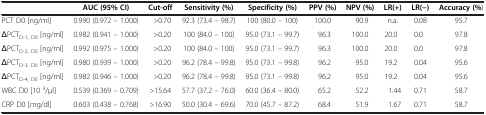
|  | AUC (95% CI) | Cut-off | Sensitivity (%) | Specificity (%) | PPV (%) | NPV (%) | LR(+) | LR(−) | Accuracy (%) |
 | --- | --- | --- | --- | --- | --- | --- | --- | --- | --- |
 | PCT D0 [ng/ml] | 0.990 (0.972 – 1.000) | >0.70 | 92.3 (73.4 – 98.7) | 100 (80.0 – 100) | 100.0 | 90.9 | n.a. | 0.08 | 95.7 |
 | ΔPCTD-1, D0 [ng/ml] | 0.982 (0.941 – 1.000) | >0.20 | 100 (84.0 – 100) | 95.0 (73.1 – 99.7) | 96.3 | 100.0 | 20.0 | 0.0 | 97.8 |
 | ΔPCTD-2, D0 [ng/ml] | 0.992 (0.975 – 1.000) | >0.20 | 100 (84.0 – 100) | 95.0 (73.1 – 99.7) | 96.3 | 100.0 | 20.0 | 0.0 | 97.8 |
 | ΔPCTD-3, D0 [ng/ml] | 0.980 (0.939 – 1.000) | >0.20 | 96.2 (78.4 – 99.8) | 95.0 (73.1 – 99.8) | 96.2 | 95.0 | 19.2 | 0.04 | 95.6 |
 | ΔPCTD-4, D0 [ng/ml] | 0.982 (0.946 – 1.000) | >0.20 | 96.2 (78.4 – 99.8) | 95.0 (73.1 – 99.8) | 96.2 | 95.0 | 19.2 | 0.04 | 95.6 |
 | WBC D0 [10 3/μl] | 0.539 (0.369 – 0.709) | >15.64 | 57.7 (37.2 – 76.0) | 60.0 (36.4 – 80.0) | 65.2 | 52.2 | 1.44 | 0.71 | 58.7 |
 | CRP D0 [mg/dl] | 0.603 (0.438 – 0.768) | >16.90 | 50.0 (30.4 – 69.6) | 70.0 (45.7 – 87.2) | 68.4 | 51.9 | 1.67 | 0.71 | 58.7 |